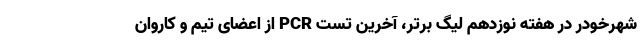
شهرخودر در هفته نوزدهم لیگ برتر، آخرین تست PCR از اعضای تیم و کاروان